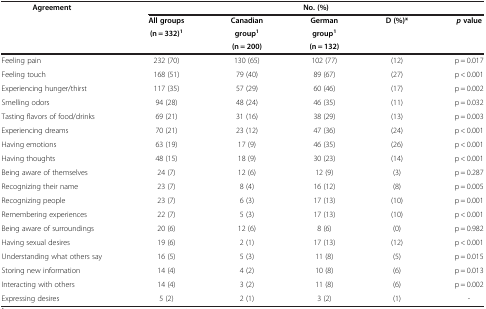
<table><thead><tr><td><b>Agreement</b></td><td colspan="5"><b>No. (%)</b></td></tr><tr><td rowspan="3"><b> </b></td><td><b>All groups</b></td><td><b>Canadian</b></td><td><b>German</b></td><td rowspan="3"><b>D (%)*</b></td><td rowspan="3"><b><i>p </i>value</b></td></tr><tr><td rowspan="2"><b>(n = 332)<sup>1</sup></b></td><td><b>group<sup>1</sup></b></td><td><b>group<sup>1</sup></b></td></tr><tr><td><b>(n = 200)</b></td><td><b>(n = 132)</b></td></tr></thead><tbody><tr><td>Feeling pain</td><td>232 (70)</td><td>130 (65)</td><td>102 (77)</td><td>(12)</td><td>p = 0.017</td></tr><tr><td>Feeling touch</td><td>168 (51)</td><td>79 (40)</td><td>89 (67)</td><td>(27)</td><td>p &lt; 0.001</td></tr><tr><td>Experiencing hunger/thirst</td><td>117 (35)</td><td>57 (29)</td><td>60 (46)</td><td>(17)</td><td>p = 0.002</td></tr><tr><td>Smelling odors</td><td>94 (28)</td><td>48 (24)</td><td>46 (35)</td><td>(11)</td><td>p = 0.032</td></tr><tr><td>Tasting flavors of food/drinks</td><td>69 (21)</td><td>31 (16)</td><td>38 (29)</td><td>(13)</td><td>p = 0.003</td></tr><tr><td>Experiencing dreams</td><td>70 (21)</td><td>23 (12)</td><td>47 (36)</td><td>(24)</td><td>p &lt; 0.001</td></tr><tr><td>Having emotions</td><td>63 (19)</td><td>17 (9)</td><td>46 (35)</td><td>(26)</td><td>p &lt; 0.001</td></tr><tr><td>Having thoughts</td><td>48 (15)</td><td>18 (9)</td><td>30 (23)</td><td>(14)</td><td>p &lt; 0.001</td></tr><tr><td>Being aware of themselves</td><td>24 (7)</td><td>12 (6)</td><td>12 (9)</td><td>(3)</td><td>p = 0.287</td></tr><tr><td>Recognizing their name</td><td>23 (7)</td><td>8 (4)</td><td>16 (12)</td><td>(8)</td><td>p = 0.005</td></tr><tr><td>Recognizing people</td><td>23 (7)</td><td>6 (3)</td><td>17 (13)</td><td>(10)</td><td>p = 0.001</td></tr><tr><td>Remembering experiences</td><td>22 (7)</td><td>5 (3)</td><td>17 (13)</td><td>(10)</td><td>p &lt; 0.001</td></tr><tr><td>Being aware of surroundings</td><td>20 (6)</td><td>12 (6)</td><td>8 (6)</td><td>(0)</td><td>p = 0.982</td></tr><tr><td>Having sexual desires</td><td>19 (6)</td><td>2 (1)</td><td>17 (13)</td><td>(12)</td><td>p &lt; 0.001</td></tr><tr><td>Understanding what others say</td><td>16 (5)</td><td>5 (3)</td><td>11 (8)</td><td>(5)</td><td>p = 0.015</td></tr><tr><td>Storing new information</td><td>14 (4)</td><td>4 (2)</td><td>10 (8)</td><td>(6)</td><td>p = 0.013</td></tr><tr><td>Interacting with others</td><td>14 (4)</td><td>3 (2)</td><td>11 (8)</td><td>(6)</td><td>p = 0.002</td></tr><tr><td>Expressing desires</td><td>5 (2)</td><td>2 (1)</td><td>3 (2)</td><td>(1)</td><td>-</td></tr></tbody></table>